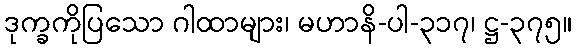
ဒုက္ခကိုပြသော ဂါထာများ၊ မဟာနိ-ပါ-၃၁၇၊ ဋ္ဌ-၃၇၅။